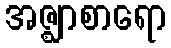
အဇ္ဈာစာရော